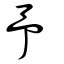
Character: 予